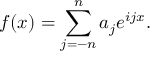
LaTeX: f ( x ) = \sum _ { j = - n } ^ { n } a _ { j } e ^ { i j x } .